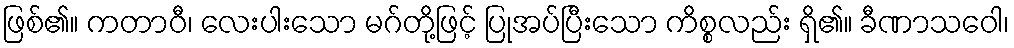
ဖြစ်၏။ ကတာဝီ၊ လေးပါးသော မဂ်တို့ဖြင့် ပြုအပ်ပြီးသော ကိစ္စလည်း ရှိ၏။ ခီဏာသဝေါ၊